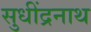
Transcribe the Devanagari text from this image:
सुधींद्रनाथ